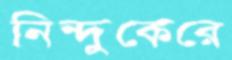
নিন্দুকেরে